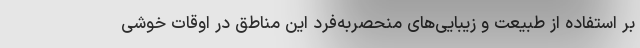
بر استفاده از طبیعت و زیبایی‌های منحصربه‌فرد این مناطق در اوقات خوشی